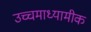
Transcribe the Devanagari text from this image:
उच्चमाध्यामीक